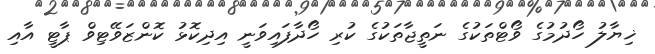
ޚިޔާލު ހޯދުމުގެ ވޯޓްތަކުގެ ނަތީޖާތަކުގެ ކުރި ހޯދާފައިވަނީ އިދިކޮޅު ކޮންޒަވޭޓިވް ޕާޓީ އާއި